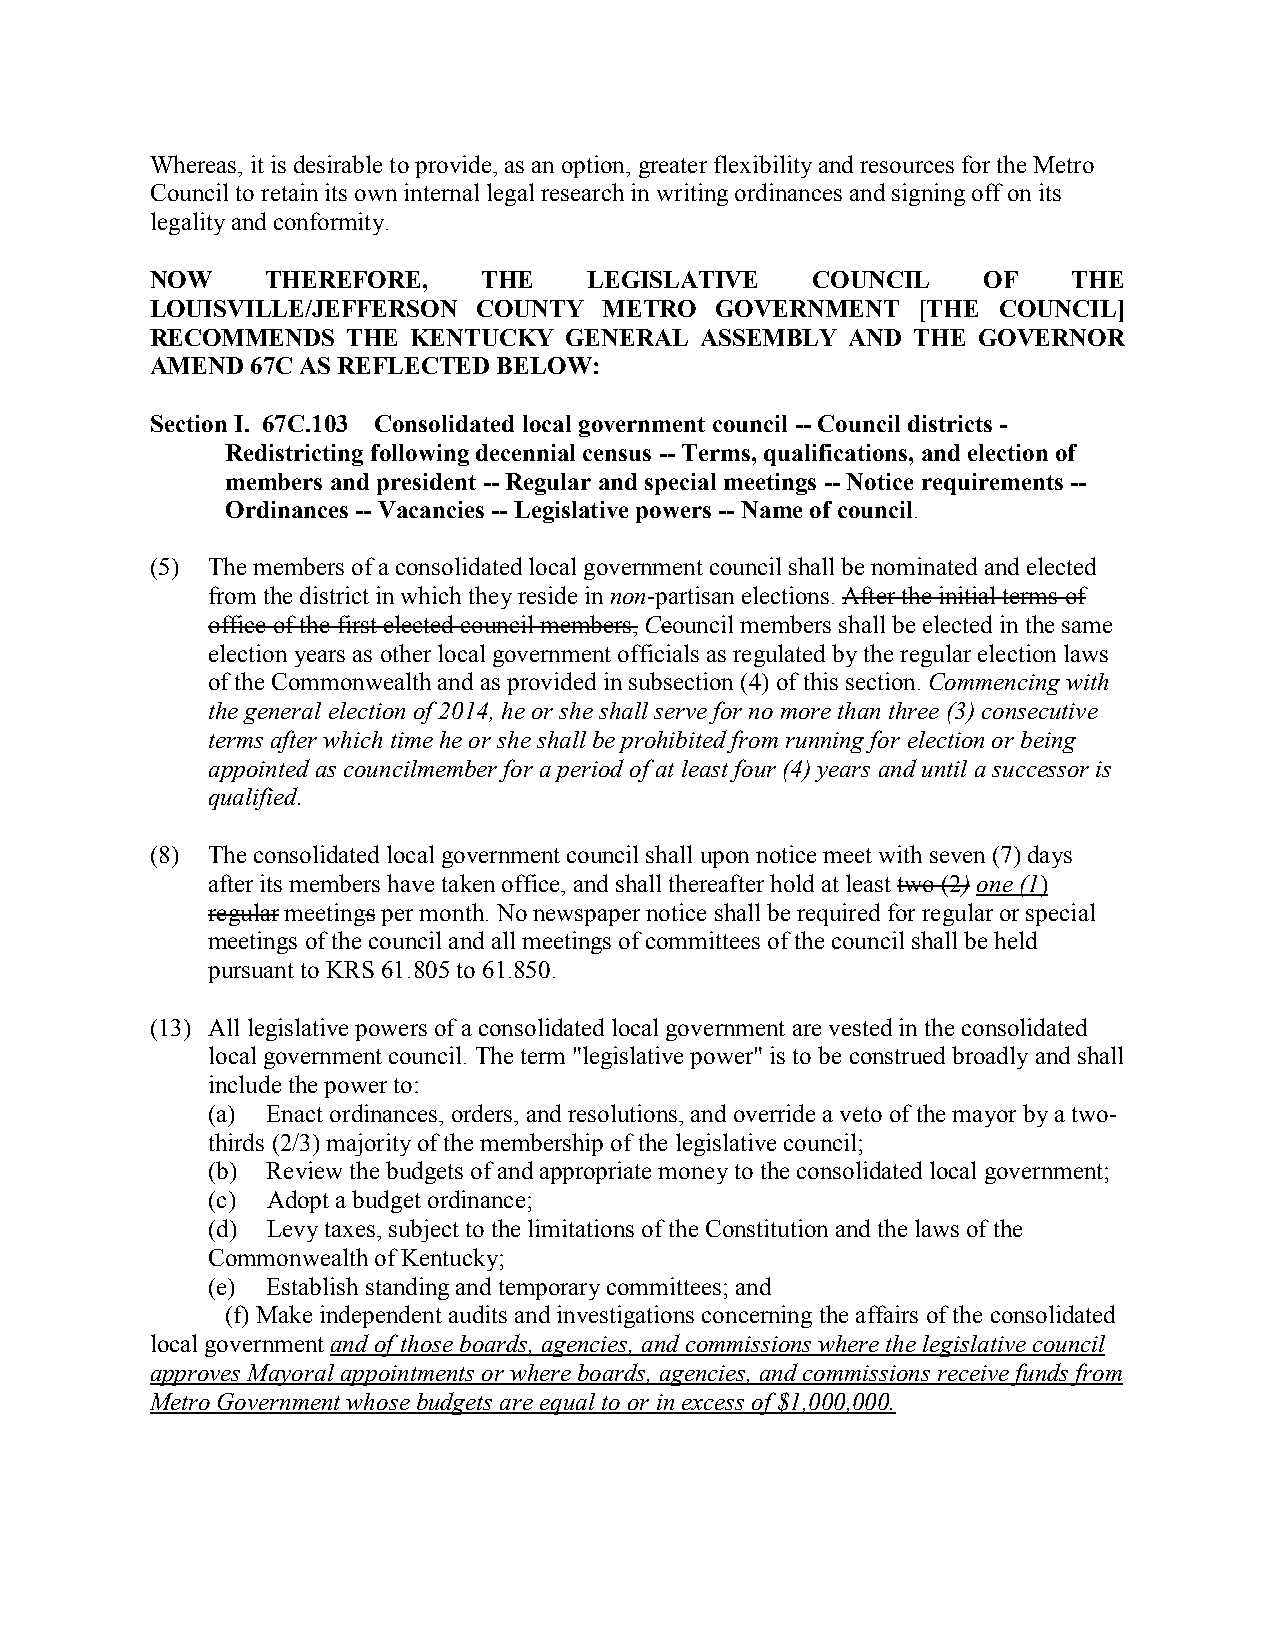
Whereas, it is desirable to provide, as an option, greater flexibility and resources for the Metro
 Council to retain its own internal legal research in writing ordinances and signing off on its
 legality and conformity.
 NOW     THEREFORE,    THE    LEGISLATIVE    COUNCIL    OF    THE
 LOUISVILLE/JEFFERSON  COUNTY  METRO  GOVERNMENT    [THE COUNCIL]
 RECOMMENDS   THE KENTUCKY  GENERAL  ASSEMBLY  AND  THE GOVERNOR
 AMEND  67C AS REFLECTED BELOW:
 Section I. 67C.103 Consolidated local government council -- Council districts -
 Redistricting following decennial census -- Terms, qualifications, and election of
 members and president -- Regular and special meetings -- Notice requirements --
 Ordinances -- Vacancies -- Legislative powers -- Name of council.
 (5) The members of a consolidated local government council shall be nominated and elected
 from the district in which they reside in non-partisan elections. After the initial terms of
 office of the first elected council members, Ccouncil members shall be elected in the same
 election years as other local government officials as regulated by the regular election laws
 of the Commonwealth and as provided in subsection (4) of this section. Commencing with
 the general election of 2014, he or she shall serve for no more than three (3) consecutive
 terms after which time he or she shall be prohibited from running for election or being
 appointed as councilmember for a period of at least four (4) years and until a successor is
 qualified.
 (8) The consolidated local government council shall upon notice meet with seven (7) days
 after its members have taken office, and shall thereafter hold at least two (2) one (1)
 regular meetings per month. No newspaper notice shall be required for regular or special
 meetings of the council and all meetings of committees of the council shall be held
 pursuant to KRS 61.805 to 61.850.
 (13) All legislative powers of a consolidated local government are vested in the consolidated
 local government council. The term "legislative power" is to be construed broadly and shall
 include the power to:
 (a) Enact ordinances, orders, and resolutions, and override a veto of the mayor by a two-
 thirds (2/3) majority of the membership of the legislative council;
 (b) Review the budgets of and appropriate money to the consolidated local government;
 (c) Adopt a budget ordinance;
 (d) Levy taxes, subject to the limitations of the Constitution and the laws of the
 Commonwealth of Kentucky;
 (e) Establish standing and temporary committees; and
 (f) Make independent audits and investigations concerning the affairs of the consolidated
 local government and of those boards, agencies, and commissions where the legislative council
 approves Mayoral appointments or where boards, agencies, and commissions receive funds from
 Metro Government whose budgets are equal to or in excess of $1,000,000.